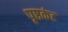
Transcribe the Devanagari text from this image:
पृष्ठकंट